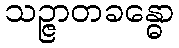
သဉ္ဇာတခန္ဓော